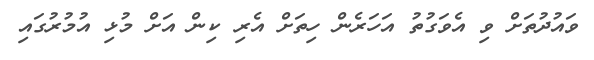
ވައުދުތަށް ވި އެވަގުތު އަހަރެން ހިތަށް އެރި ކިން އަށް މުޅި އުމުރުގައި